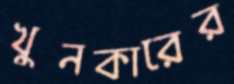
খুনকারের